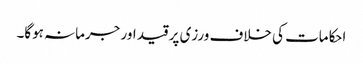
احکامات کی خلاف ورزی پر قید اور جرمانہ ہوگا۔